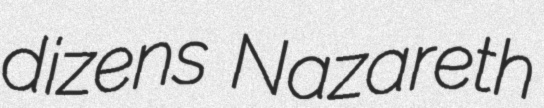
dizens Nazareth